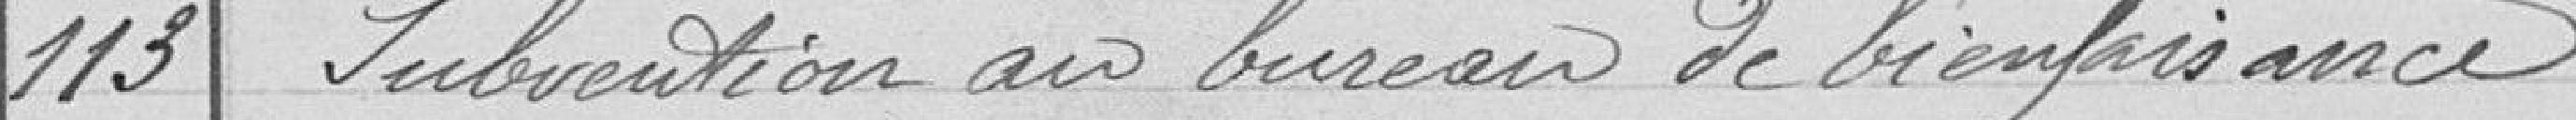
113 Subvention au bureau de bienfaisance